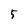
Character: 5